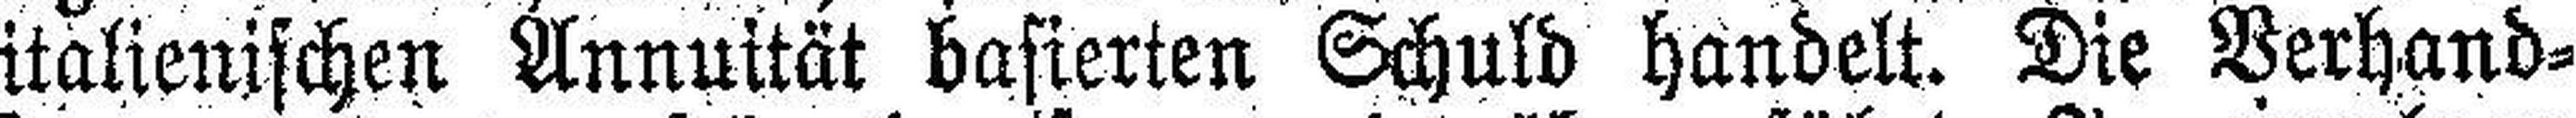
italienischen Annuität basierten Schuld handelt. Die Verhand¬